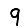
Digit: 9